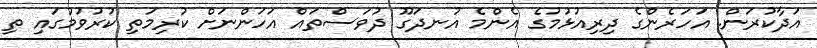
އަދާކުރަން. އަހަރެންގެ ދިރިއުޅުމުގެ އެންމެ އުނދަގޫ ދުވަސްތައް އަހަންނަށް ކުރިމަތި ކުރުވުމުގައި ތި